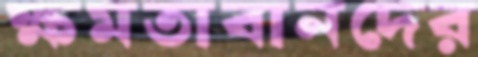
ক্ষমতাবানদের